Document type: Sale
Year: 1435
Scribe: Pere Soler
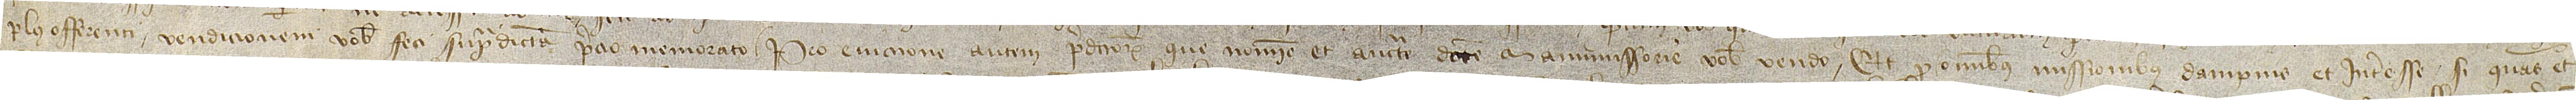
plus offerenti vendicionem vobis feci supradictam precio memorato. Pro eviccione autem predictorum que nomine et auctoritate dicte manumissorie vobis vendo, et pro omnibus missionibus, dampnis et interesse, si quas et